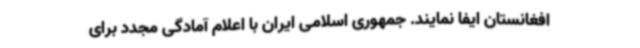
افغانستان ایفا نمایند. جمهوری اسلامی ایران با اعلام آمادگی مجدد برای